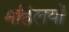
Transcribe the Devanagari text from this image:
महिलयों